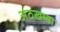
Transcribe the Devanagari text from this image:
अठखम्बा